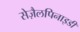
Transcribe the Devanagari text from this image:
सेज़ैलपिनाइडी